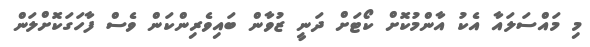
މި މައްސަލައާ އެކު އާންމުކޮށް ކޯޓަށް ދަނީ ޒުވާން ބައިވެރިންކަން ވެސް ފާހަގަކޮށްލަން